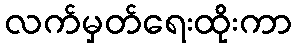
လက်မှတ်ရေးထိုးကာ